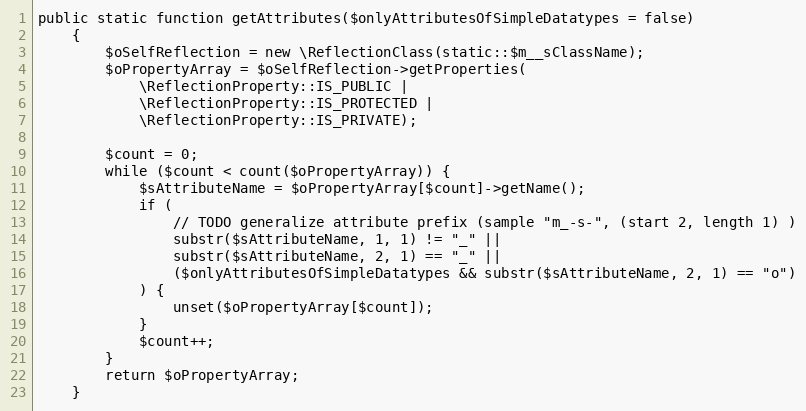
Language: PHP
public static function getAttributes($onlyAttributesOfSimpleDatatypes = false)
    {
        $oSelfReflection = new \ReflectionClass(static::$m__sClassName);
        $oPropertyArray = $oSelfReflection->getProperties(
            \ReflectionProperty::IS_PUBLIC |
            \ReflectionProperty::IS_PROTECTED |
            \ReflectionProperty::IS_PRIVATE);

        $count = 0;
        while ($count < count($oPropertyArray)) {
            $sAttributeName = $oPropertyArray[$count]->getName();
            if (
                // TODO generalize attribute prefix (sample "m_-s-", (start 2, length 1) )
                substr($sAttributeName, 1, 1) != "_" ||
                substr($sAttributeName, 2, 1) == "_" ||
                ($onlyAttributesOfSimpleDatatypes && substr($sAttributeName, 2, 1) == "o")
            ) {
                unset($oPropertyArray[$count]);
            }
            $count++;
        }
        return $oPropertyArray;
    }